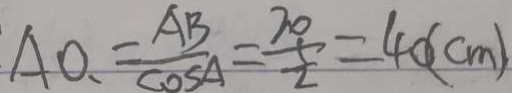
A O _ { 、 } = \frac { A B } { \cos A } = \frac { 2 0 } { \frac { 1 } { 2 } } = 4 0 ( c m )